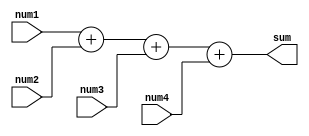
// ECE6370
// Adder Module
module adder3to4(num1, num2, num3, num4,sum);
 input[2:0] num1, num2, num3, num4;
 output[3:0] sum;
 reg[3:0] sum;
 always @ (num1, num2, num3, num4)
 begin
 sum = num1 + num2 + num3 + num4;
 end
endmodule